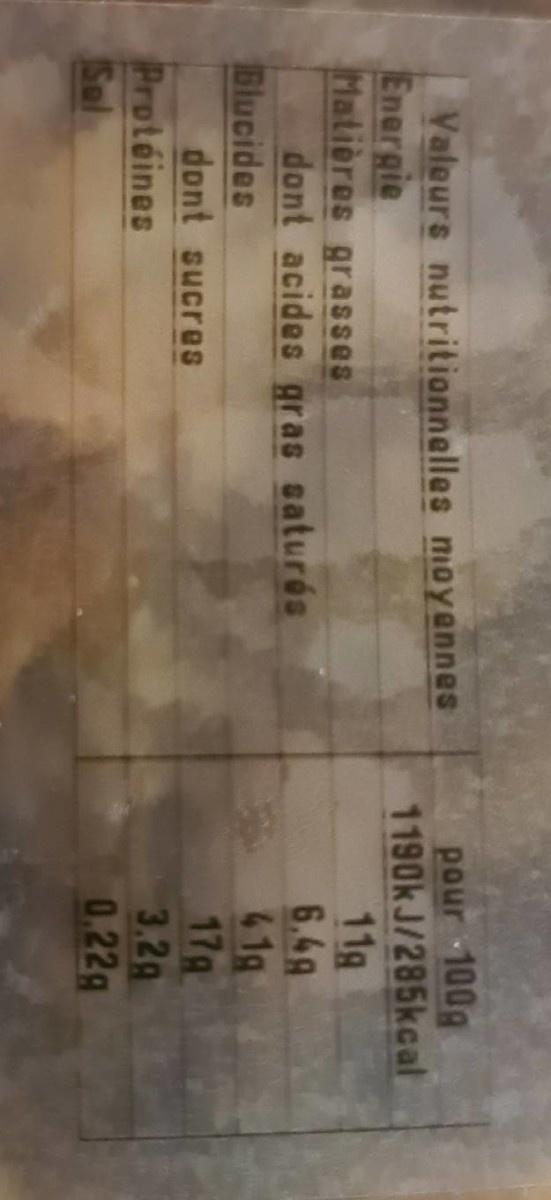
Valeurs nutritionnelles moyannes Energie Matières grasses dont acides gras saturés Blucides dont sucres Protéines Sal
pour 100g 1190k J/285kcal 11g 6.4A 41g 17g 3.2g 0.22g